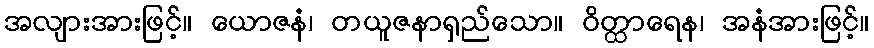
အလျားအားဖြင့်။ ယောဇနံ၊ တယူဇနာရှည်သော။ ဝိတ္ထာရေန၊ အနံအားဖြင့်။